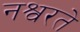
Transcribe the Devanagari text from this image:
नश्वरते